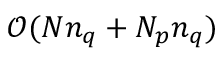
\mathcal { O } ( N n _ { q } + N _ { p } n _ { q } )